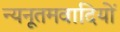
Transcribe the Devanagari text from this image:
न्यनूतमवादियों